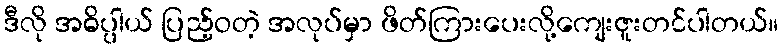
ဒီလို အဓိပ္ပါယ် ပြည့်ဝတဲ့ အလုပ်မှာ ဖိတ်ကြားပေးလို့ကျေးဇူးတင်ပါတယ်။